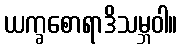
ယက္ခစောရာဒိသမ္ဘဝါ။